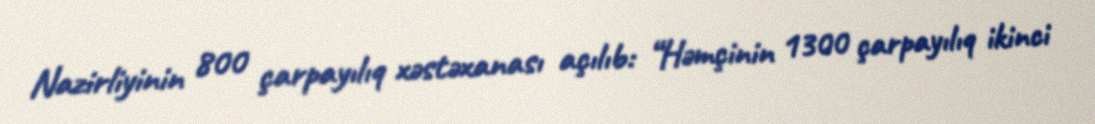
Nazirliyinin 800 çarpayılıq xəstəxanası açılıb: “Həmçinin 1300 çarpayılıq ikinci